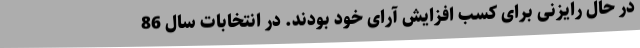
در حال رایزنی برای کسب افزایش آرای خود بودند. در انتخابات سال 86